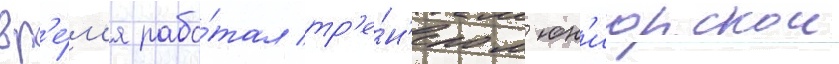
вр'е́м'я рабо́тал тр'е́н'ером юн'иорскои